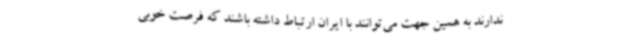
ندارند به همین جهت می‌توانند با ایران ارتباط داشته باشند که فرصت خوبی